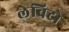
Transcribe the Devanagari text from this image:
लेविटो